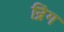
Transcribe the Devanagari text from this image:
न्रिंग